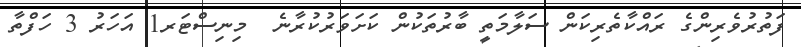
ފަތުރުވެރިންގެ ރައްކާތެރިކަން ސަލާމަތީ ބާރުތަކުން ކަށަވަރުކުރާނެ  މިނިސްޓަރ1 އަހަރު 3 ހަފްތާ